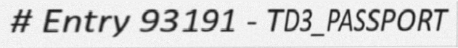
# Entry 93191 - TD3_PASSPORT